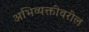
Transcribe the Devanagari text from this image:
अभिव्यक्तीवरील